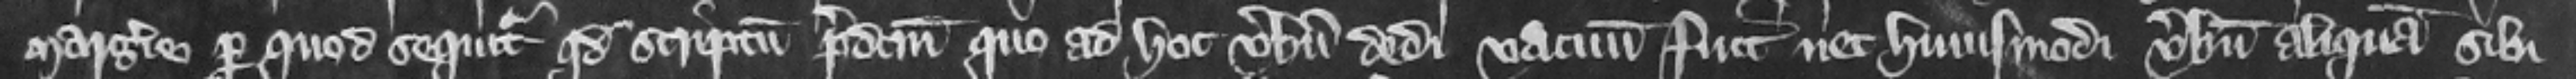
Margerie per quod sequitur quod scriptum predictum quo ad hoc verbum dedi vacuum fuit nec huiusmodi verbum aliquam sibi